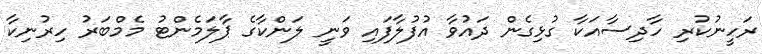
ރަހީނުކުރި ހާދިސާއަކާ ގުޅިގެން ދައުވާ އުފުލާފައި ވަނީ ލަންކާގެ ޕާލަމެންޓު މެމްބަރު ހިރުނިކާ